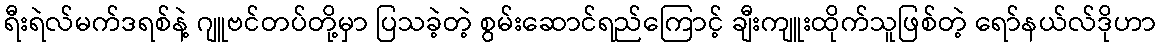
ရီးရဲလ်မက်ဒရစ်နဲ့ ဂျူဗင်တပ်တို့မှာ ပြသခဲ့တဲ့ စွမ်းဆောင်ရည်ကြောင့် ချီးကျူးထိုက်သူဖြစ်တဲ့ ရော်နယ်လ်ဒိုဟာ